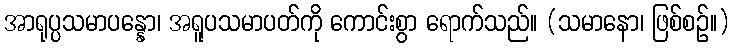
အာရုပ္ပသမာပန္နော၊ အရူပသမာပတ်ကို ကောင်းစွာ ရောက်သည်။ (သမာနော၊ ဖြစ်စဉ်။)